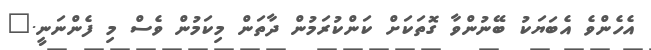
އެހެންވެ އެބަޔަކު ބޭނުންވާ ގޮތަކަށް ކަންކުރަމުން ދާތަން މިކަމުން ވެސް މި ފެންނަނީ."